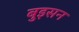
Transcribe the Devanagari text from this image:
बुइसन